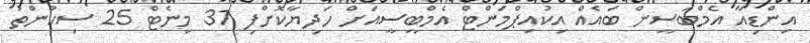
އިންޑިއާ އެމްބަސީން ބައެއް އިކުއިޕްމަންޓް އެމްބީސީއަށް ހަދިޔާކޮށްފި 31 މިނެޓް 25 ސިކުންތު